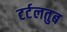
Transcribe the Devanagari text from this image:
टर्टलतुब